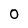
Character: 0